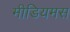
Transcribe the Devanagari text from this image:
मीडियमस